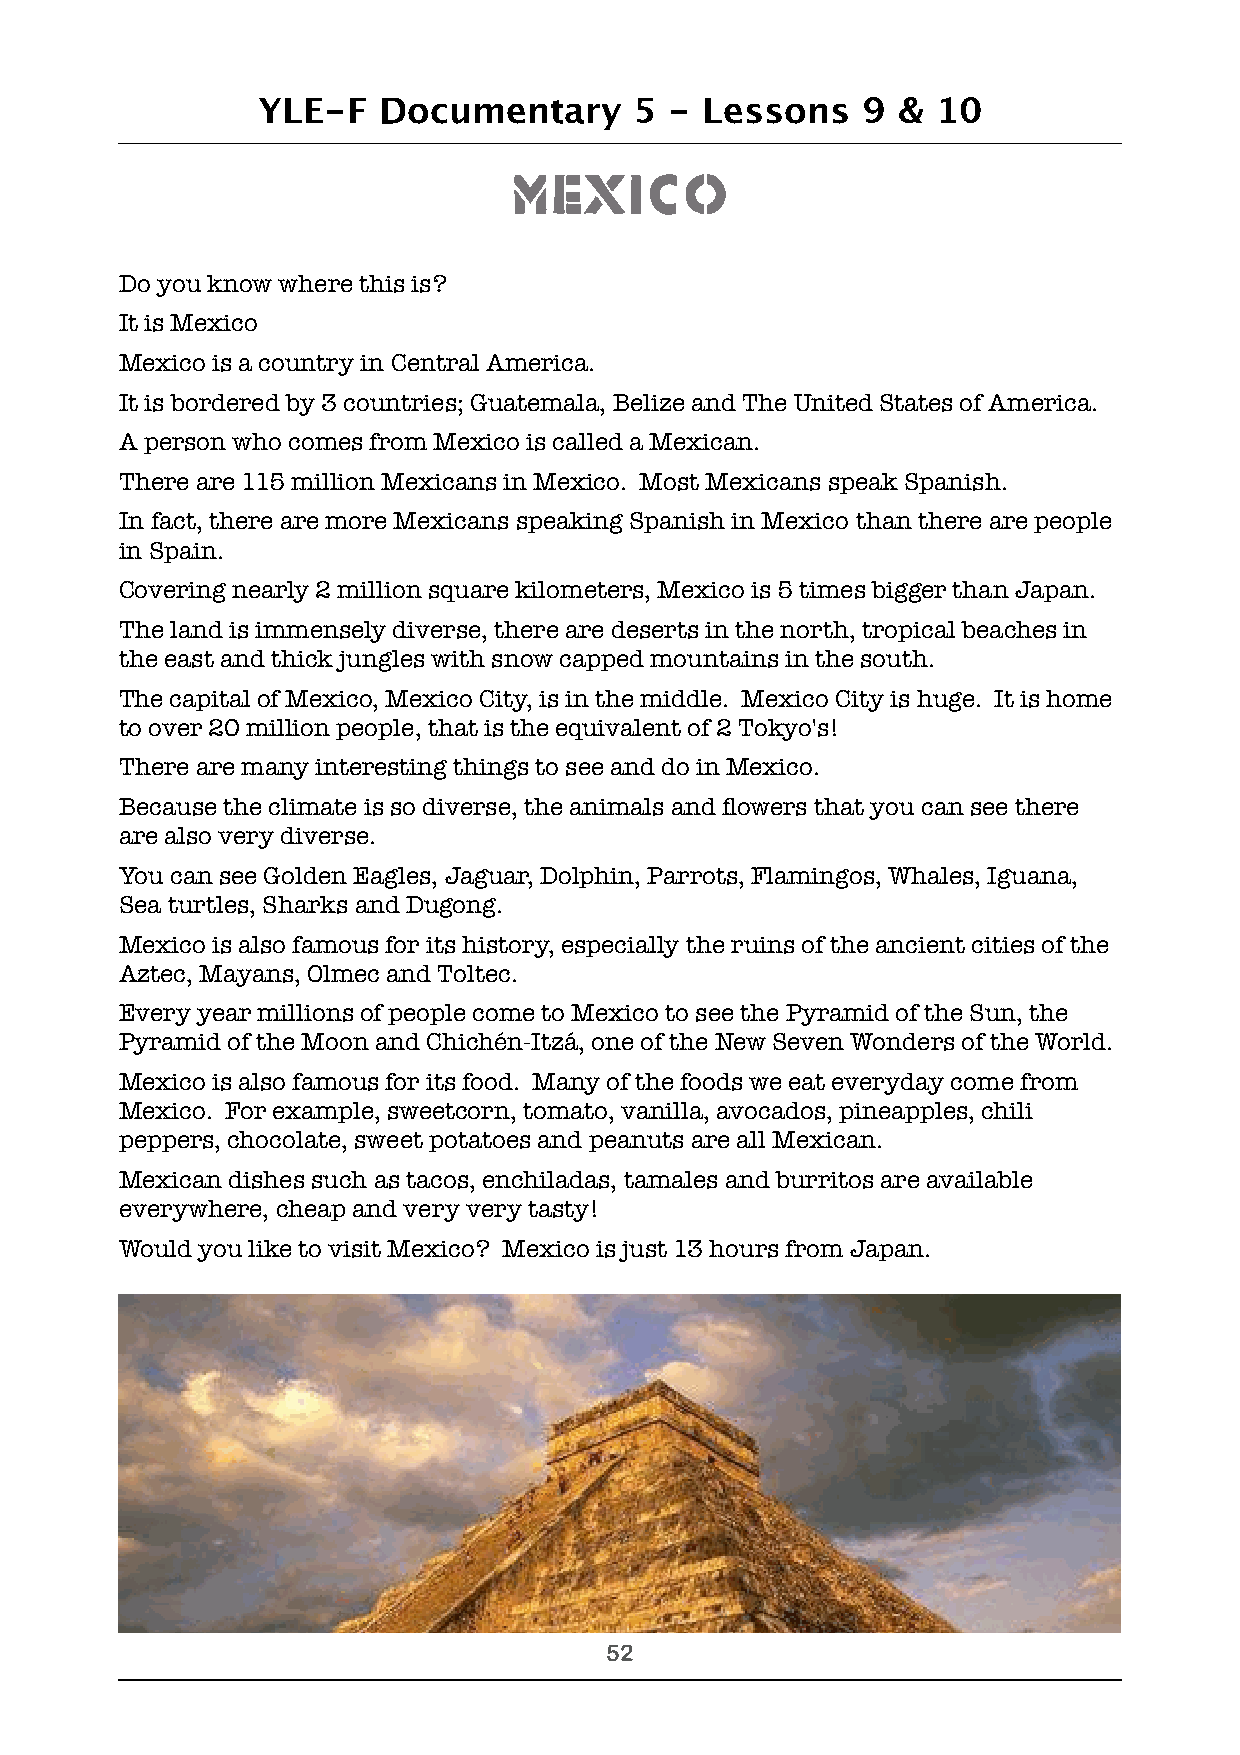
YLE-F   Documentary      5 -  Lessons   9 &  10
 Mexico
 Do you know where this is?
 It is Mexico
 Mexico is a country in Central America.
 It is bordered by 3 countries; Guatemala, Belize and The United States of America.
 A person who comes from Mexico is called a Mexican.
 There are 115 million Mexicans in Mexico. Most Mexicans speak Spanish.
 In fact, there are more Mexicans speaking Spanish in Mexico than there are people
 in Spain.
 Covering nearly 2 million square kilometers, Mexico is 5 times bigger than Japan.
 The land is immensely diverse, there are deserts in the north, tropical beaches in
 the east and thick jungles with snow capped mountains in the south.
 The capital of Mexico, Mexico City, is in the middle. Mexico City is huge. It is home
 to over 20 million people, that is the equivalent of 2 Tokyo's!
 There are many interesting things to see and do in Mexico.
 Because the climate is so diverse, the animals and flowers that you can see there
 are also very diverse.
 You can see Golden Eagles, Jaguar, Dolphin, Parrots, Flamingos, Whales, Iguana,
 Sea turtles, Sharks and Dugong.
 Mexico is also famous for its history, especially the ruins of the ancient cities of the
 Aztec, Mayans, Olmec and Toltec.
 Every year millions of people come to Mexico to see the Pyramid of the Sun, the
 Pyramid of the Moon and Chichén-Itzá, one of the New Seven Wonders of the World.
 Mexico is also famous for its food. Many of the foods we eat everyday come from
 Mexico. For example, sweetcorn, tomato, vanilla, avocados, pineapples, chili
 peppers, chocolate, sweet potatoes and peanuts are all Mexican.
 Mexican dishes such as tacos, enchiladas, tamales and burritos are available
 everywhere, cheap and very very tasty!
 Would you like to visit Mexico? Mexico is just 13 hours from Japan.
 !52